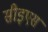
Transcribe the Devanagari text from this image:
सीइएस